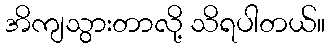
အိကျသွားတာလို့ သိရပါတယ်။